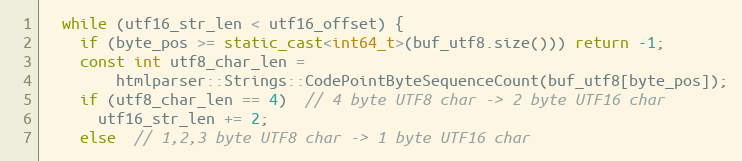
Language: C++
  while (utf16_str_len < utf16_offset) {
    if (byte_pos >= static_cast<int64_t>(buf_utf8.size())) return -1;
    const int utf8_char_len =
        htmlparser::Strings::CodePointByteSequenceCount(buf_utf8[byte_pos]);
    if (utf8_char_len == 4)  // 4 byte UTF8 char -> 2 byte UTF16 char
      utf16_str_len += 2;
    else  // 1,2,3 byte UTF8 char -> 1 byte UTF16 char